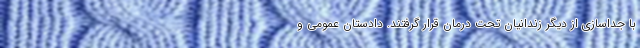
با جداسازی از دیگر زندانیان تحت درمان قرار گرفتند. دادستان عمومی و